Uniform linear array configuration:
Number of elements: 24
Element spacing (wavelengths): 0.5
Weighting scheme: blackman
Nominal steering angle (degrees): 15
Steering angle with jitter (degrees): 16.533
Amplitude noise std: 0.05
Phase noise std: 0.05

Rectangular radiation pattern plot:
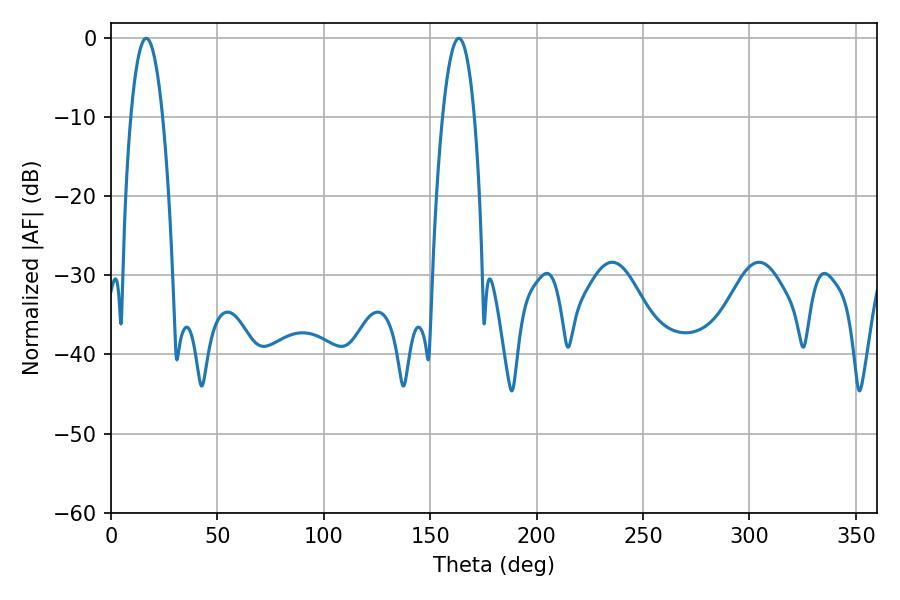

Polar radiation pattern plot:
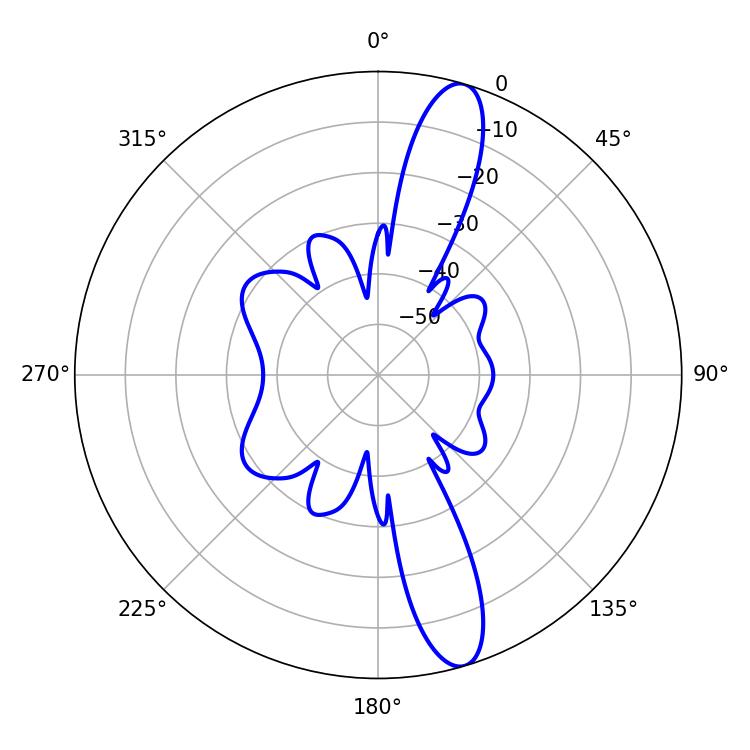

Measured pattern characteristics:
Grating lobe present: FALSE
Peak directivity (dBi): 13.576
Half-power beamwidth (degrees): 8.28
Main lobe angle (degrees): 16.56